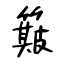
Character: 簸